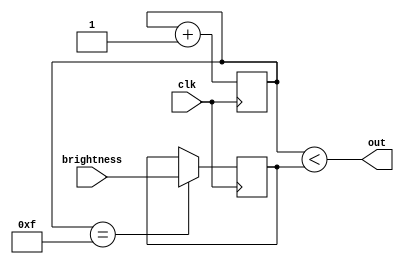
`ifndef PWM
`define PWM 1

module PWM #(
    parameter BITS = 4
) (
    input              clk,
    input [BITS - 1:0] brightness,
    output             out
);
    reg[BITS - 1:0] counter = 0;
    reg[BITS - 1:0] compareValue = 0;

    always @(posedge clk) begin
        counter <= counter + 1;
    end

    always @(posedge clk) begin
        if (counter == {BITS{1'b1}}) begin
            compareValue <= brightness;
        end
    end

    assign out = counter < compareValue;
endmodule

`endif